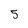
Character: 5